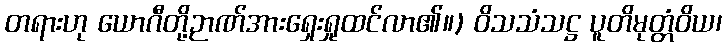
တရားဟု ယောဂီတို့ဉာဏ်အားရှေးရှုထင်လာ၏။) ဝိသသံသဋ္ဌ ပူတိမုတ္တံဝိယ၊